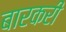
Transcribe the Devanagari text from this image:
बारकरी